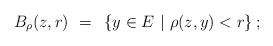
LaTeX: \begin{align*}B_\rho(z,r)~=~\left\{y\in E~|~\rho(z,y)<r\right\};\end{align*}